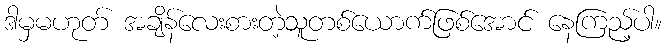
ဒါမှမဟုတ် အချိန်လေးစားတဲ့သူတစ်ယောက်ဖြစ်အောင် နေကြည့်ပါ။